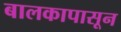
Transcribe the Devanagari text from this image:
बालकापासून